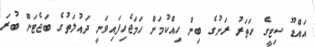
އައްޑޫ ސިޓީގެ ހަތަރު ރަށުގެ ބިން ހިއްކުމަށް ހަމަޖެހިފައިވަނީ ދައުލަތުގެ ބަޖެޓަށް ބުރަ